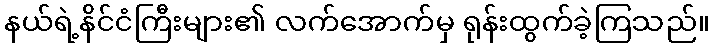
နယ်ရဲ့နိင်ငံကြီးများ၏ လက်အောက်မှ ရုန်းထွက်ခဲ့ကြသည်။